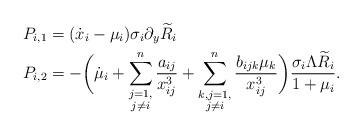
LaTeX: \begin{align*}&P_{i,1}=(\dot{x}_i-\mu_i)\sigma_i\partial_y\widetilde{R}_i\\&P_{i,2}=-\bigg(\dot{\mu}_i+\sum^n_{\substack{j=1,\\j\not=i}}\frac{a_{ij}}{x^3_{ij}}+\sum^n_{\substack{k,j=1,\\j\not=i}}\frac{b_{ijk}\mu_k}{x^3_{ij}}\bigg)\frac{\sigma_i\Lambda\widetilde{R}_i}{1+\mu_i}.\end{align*}